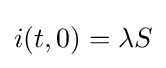
i(t,0)=\lambda S